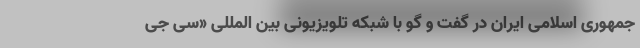
جمهوری اسلامی ایران در گفت و گو با شبکه تلویزیونی بین المللی «سی جی